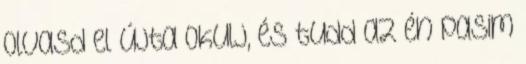
Olvasd el újta okulj, és tudd az én pasim